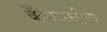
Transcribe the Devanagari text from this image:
कँपमधील